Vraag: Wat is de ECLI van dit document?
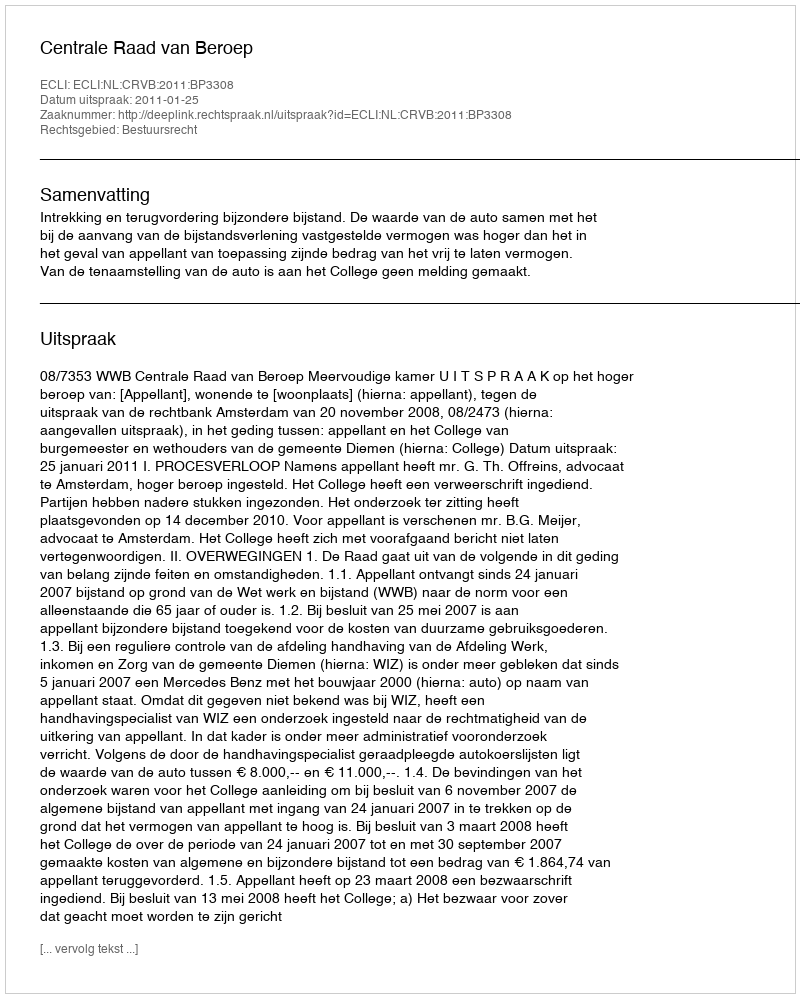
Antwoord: ECLI:NL:CRVB:2011:BP3308